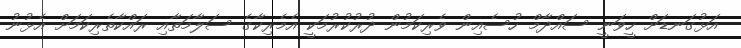
އަޅުގަނޑަށް ހީވަނީ ސައްދާމް ހުސެއިން ވެރިކަމުން ދުރުކުރުމަކީ އެމެރިކާގެ ސަލާމަތާއި ރައްކާތެރިކަމަށް އެޅުނު